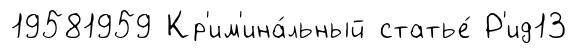
19581959 Кр'им'ина́льный статье́ Р'ид13